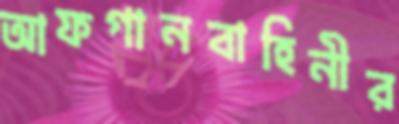
আফগানবাহিনীর